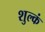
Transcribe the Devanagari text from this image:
शुल्कं